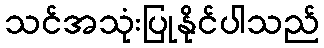
သင်အသုံးပြုနိုင်ပါသည်